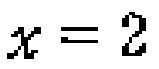
\(x = 2\)